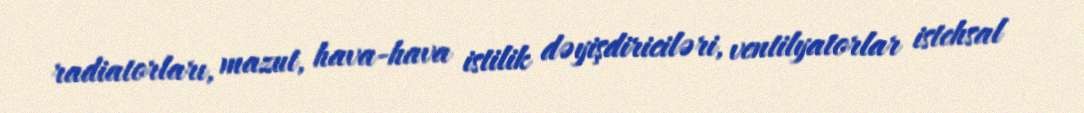
radiatorları, mazut, hava-hava istilik dəyişdiriciləri, ventilyatorlar istehsal